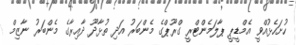
ހުށަހެޅުއްވީ އެމްޑީޕީ ޕާލަމެންޓްރީ ގްރޫޕްގެ މެންބަރު އަދި ތުޅާދޫ ދާއިރާގެ މެންބަރު ނާޒިމް